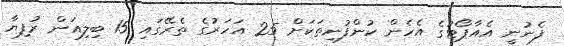
ފެނުނީ އެއާޕޯޓުގެ އެހެން ކުންފުނިތަކަށް 25 އަހަރުގެ ތެރޭގައި 15 ބިލިއަން ރުފިޔާ